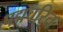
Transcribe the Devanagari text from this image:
पद्मचरित